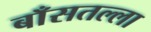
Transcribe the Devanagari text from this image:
बाँसतल्‍ला